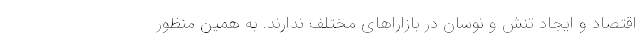
اقتصاد و ایجاد تنش و نوسان در بازاراهای مختلف ندارند. به همین منظور